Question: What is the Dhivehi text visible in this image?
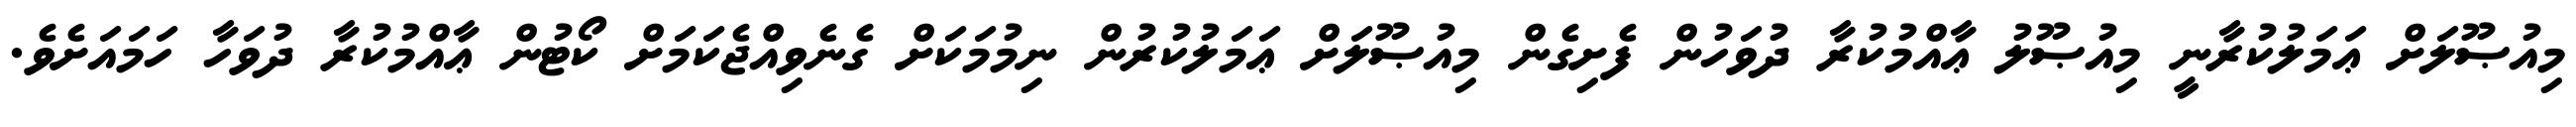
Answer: މިއުޞޫލަށް ޢަމަލުކުރާނީ މިއުޞޫލު ޢާއްމުކުރާ ދުވަހުން ފެށިގެން މިއުޞޫލަށް ޢަމަލުކުރުން ނިމުމަކަށް ގެނެވިއްޖެކަމަށް ކޯޓުން ޢާއްމުކުރާ ދުވަހާ ހަމައަށެވެ.